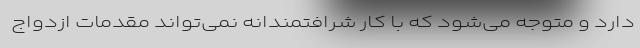
دارد و متوجه می‌شود که با کار شرافتمندانه نمی‌تواند مقدمات ازدواج